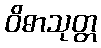
ဝိဓာသုတ္တ